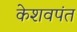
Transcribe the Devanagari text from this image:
केशवपंत